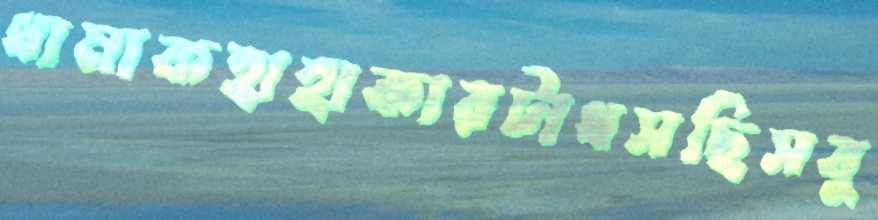
ধামাকহাহাকারটাধসছিসবু